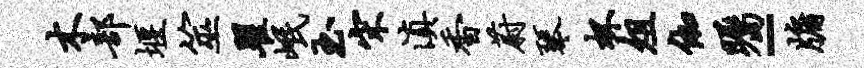
木部堰筮瞿岷玉宋滇香蔚琴杯俎伽瞩-牖